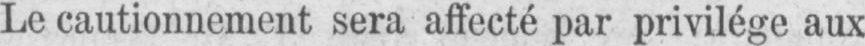
Le cautionnement sera affecté par privilége aux